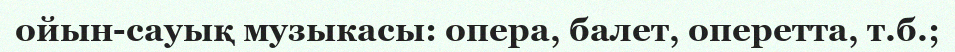
ойын-сауық музыкасы: опера, балет, оперетта, т.б.;